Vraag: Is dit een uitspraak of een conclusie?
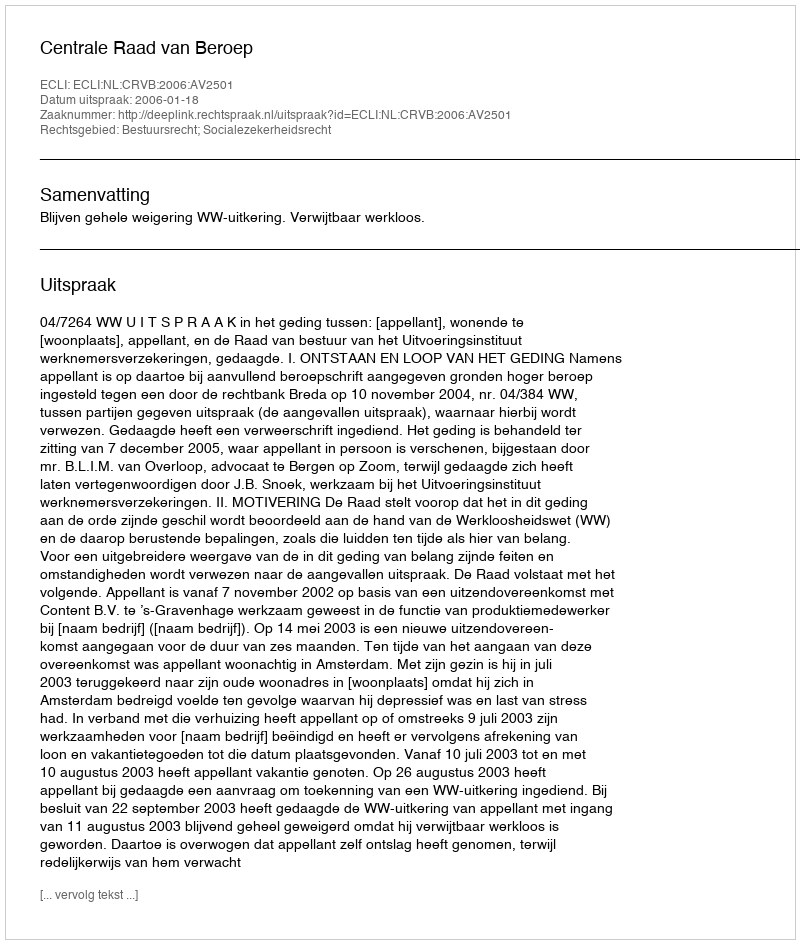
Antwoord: Uitspraak